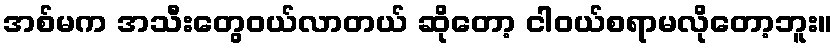
အစ်မက အသီးတွေဝယ်လာတယ် ဆိုတော့ ငါဝယ်စရာမလိုတော့ဘူး။